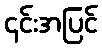
၄င်းအပြင်